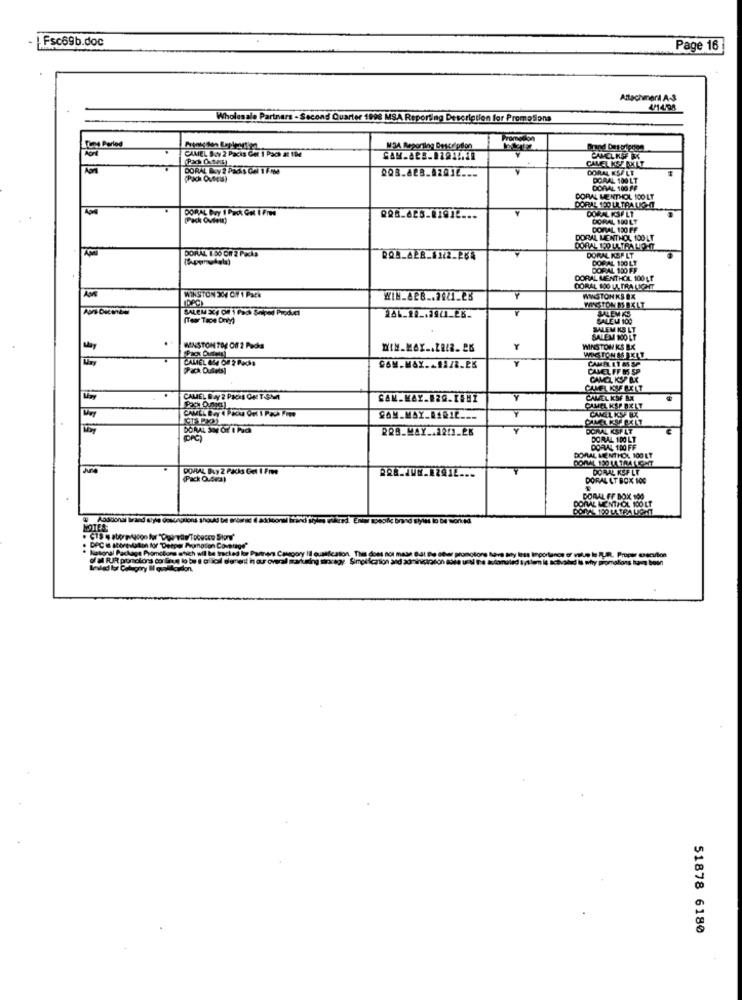
IFsc69b.doc
Page 16
Attachneri A-3
4/14,98
Wholesale Partners - Second Quarter 1998 MSA Reporting Description for PromoSiona
Tura Perled
CAMEL SZY 2 Packs Get 1 Pack at 1De
NaAPpreniez Decplan
CAMEL KEY RXLT
DORAL KSFLE
DORAL 100 LT
DORAL 100 FF
DORAL MENTHOL 100 LT
DORALIPOUR TRALE I
DORAL KSF LT
Pack Outein)
DORAL 100 LT
DORAL 100 FF
DORAL MENTHOL 100LT
DORAL 1.50 On 2 Packs
DORAL 100 ULTRA LIP-IT
DORAL KSP LT
DORAL 150 LT
DORAL 100 FF
DORAL MENTHOL 100 LE
DORAL 100 ULTRA LICHT
WINSTON 334 CY 1 Pack
Y
WINSTON KS BX
SALEM X4 OF 1 Fach Shipod Product
MINGTON MS BELT
SALEM KS
(Tear Tace Dniy)
SALEM 100
SALEM KS LT
SALEM NOLT
MENSTON TOE Off 2 Packa
Y
WINSTON ICS BK
MISSION IS AKIT
CALIEL 654 OF 2 Packs
Y
CAMEL ET AS SP
Pack Outlets!
CAMEL FF OS SP
CANCZ KSP &C
.
CAMEL By 2 PACKS ON TSM
Y
CAMEL KSF BX
CAMEL KSPOELT
CANCEL KSE BX
DORAL AN OF I Fach
228_MAY .. 12/1_28
DORAL KSPLT
DORAL 100 LT
DORAL 100 FF
DORAL MENTHOL 100 LT
DORAL DAY 2 Packs Get I Fre
DORVAL KUF LT
(Pack 0.44a)
DORAL ET BOX 100
DORAL FF BOX 100
DORVAL MENTHOL 100 LT
National Package Promotions which will be tracked koe Pp
Te koloruled typslem is activated is why promotions hans bonn
Sealed for Colugivy Il quaidcadon.
51878 6180